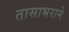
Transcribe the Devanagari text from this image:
तासाभराने